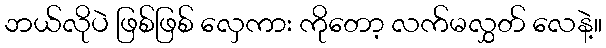
ဘယ်လိုပဲ ဖြစ်ဖြစ် လှေကား ကိုတော့ လက်မလွှတ် လေနဲ့။